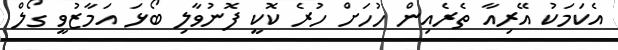
އެކަމަކު އޭރިއާ ތެރެއިން ހުހަށް ހުރެ ކޮކީ ފޮނުވާލި ބޯޅަ އަމާޒުވީ ގޯލް